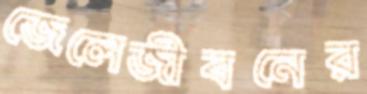
জেলেজীবনের